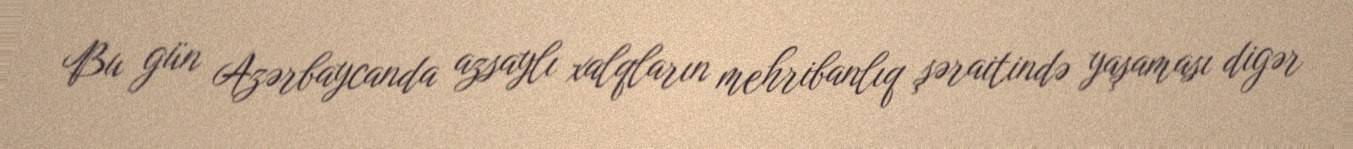
Bu gün Azərbaycanda azsaylı xalqların mehribanlıq şəraitində yaşaması digər